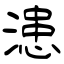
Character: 漶